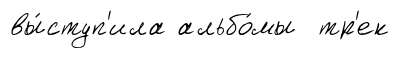
вы́ступ'ила альбо́мы тр'ек